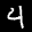
Label: 4